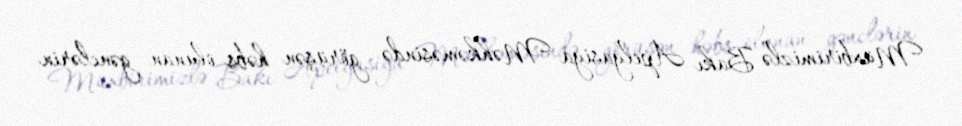
Müxbirimizlə Bakı Apelyasiya Məhkəməsində görüşən həbs olunan gənclərin